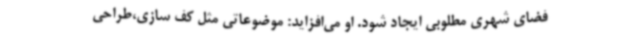
فضای شهری مطلوبی ایجاد شود. او می‌افزاید: موضوعاتی مثل کف سازی،طراحی